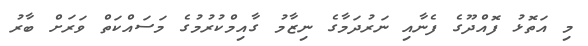
މި އަތޮޅު ފޮއްދޫގެ ފެނާއި ނަރުދަމާގެ ނިޒާމު ގާއިމްކުރުމުގެ މަސައްކަތް ވަރަށް ބާރު